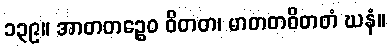
၁၃၉။ အာတတဉ္စေဝ ဝိတတ၊ မာတတဝိတတံ ဃနံ။